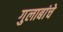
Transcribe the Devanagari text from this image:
गुलाबांचे